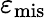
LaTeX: \varepsilon_{\mathrm{mis}}